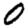
Digit: 0